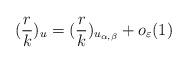
LaTeX: \begin{align*}(\frac{r}{k})_{u}=(\frac{r}{k})_{u_{\alpha, \beta}}+o_{\varepsilon}(1) \end{align*}